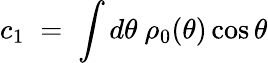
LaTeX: c_{1}\; =\; \int d\theta~\rho_{0}(\theta)\cos{\theta}